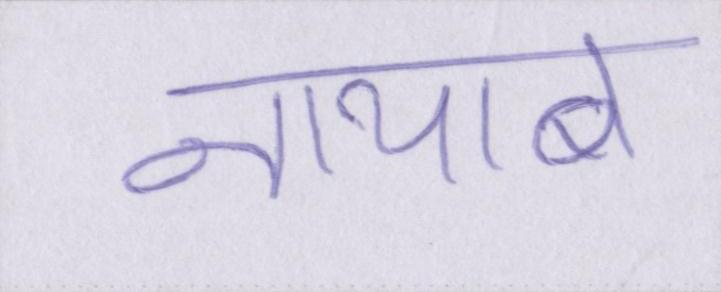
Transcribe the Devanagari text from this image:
नायाब